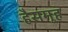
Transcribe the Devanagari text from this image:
हैसमूह